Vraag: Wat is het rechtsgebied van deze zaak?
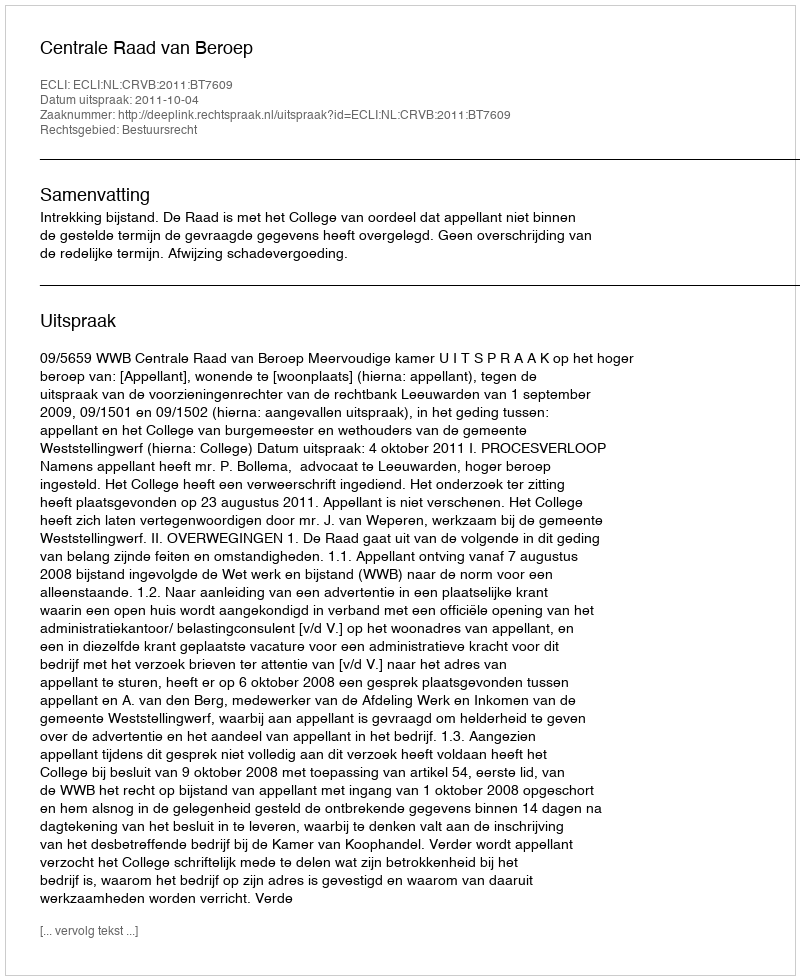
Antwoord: Bestuursrecht